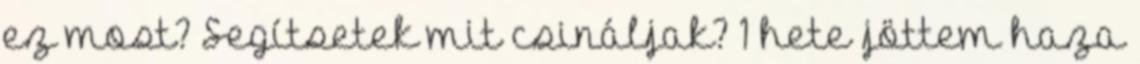
ez most? Segítsetek mit csináljak? 1 hete jöttem haza